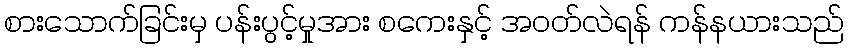
စားသောက်ခြင်းမှ ပန်းပွင့်မှုအား စကေးနှင့် အဝတ်လဲရန် ကန်နယားသည်